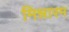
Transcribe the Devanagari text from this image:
मिन्नारम